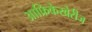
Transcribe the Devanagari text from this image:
आफ्रिकेखेरीज